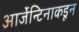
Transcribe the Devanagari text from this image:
आर्जेन्टिनाकडून